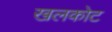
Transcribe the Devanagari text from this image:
खलकोट